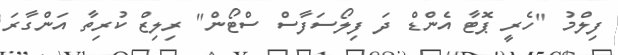
ފިލްމު "ހެރީ ޕޮޓާ އެންޑް ދަ ފިލޯސަފާސް ސްޓޯން" ރިލިޒް ކުރިތާ އަންގާރަ